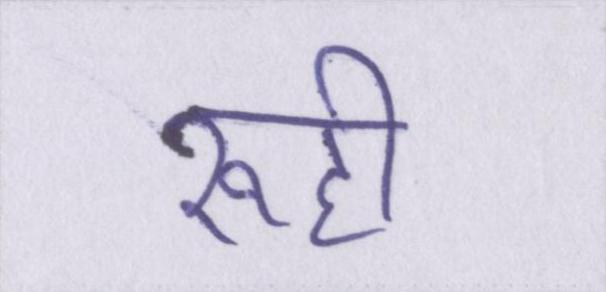
रूही